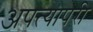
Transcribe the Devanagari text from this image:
अपत्यापरी